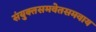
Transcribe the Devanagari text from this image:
संयुक्तसमवेतसमवाय